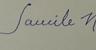
Signature authenticity: forged